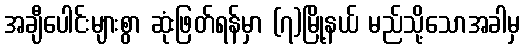
အချီပေါင်းများစွာ ဆုံးဖြတ်ရန်မှာ (၇)မြို့နယ် မည်သို့သောအခါမှ